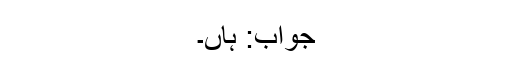
جواب: ہاں۔